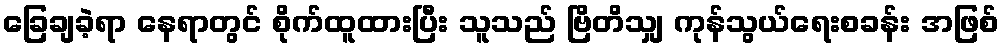
ခြေချခဲ့ရာ နေရာတွင် စိုက်ထူထားပြီး သူသည် ဗြိတိသျှ ကုန်သွယ်ရေးစခန်း အဖြစ်